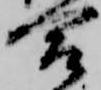
合